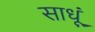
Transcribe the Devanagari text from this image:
साधूं